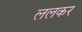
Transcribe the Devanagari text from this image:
ललकर